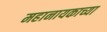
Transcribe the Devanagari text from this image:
महानायकाच्या